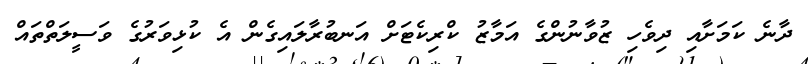
ދާނެ ކަމަށާއި ދިވެހި ޒުވާނުންގެ އަމާޒު ކްރިކެޓަށް އަނބުރާލައިގެން އެ ކުޅިވަރުގެ ވަސީލަތްތައް